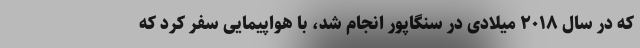
که در سال ۲۰۱۸ میلادی در سنگاپور انجام شد، با هواپیمایی سفر کرد که